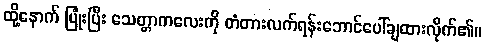
ထို့နောက် ပြုံးပြီး သေတ္တာကလေးကို တံတားလက်ရန်းဘောင်ပေါ်ချထားလိုက်၏။